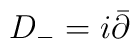
D_{-} = i\bar \partial